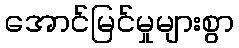
အောင်မြင်မှုများစွာ